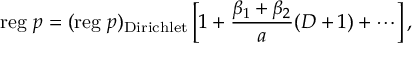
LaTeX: \mathrm { r e g } \, \, p = ( \mathrm { r e g } \, \, p ) _ { \mathrm { D i r i c h l e t } } \left[ 1 + \frac { \beta _ { 1 } + \beta _ { 2 } } { a } ( D + 1 ) + \cdots \right] ,